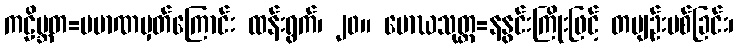
ကဠိမ္ဘတ=ပမာဏမှတ်ကြောင်း ထန်းရွက်၊ ၂၀။ မောဃသုတ္တ=နနွင်းကြိုးဖြင့် တမျဉ်းပစ်ခြင်း၊